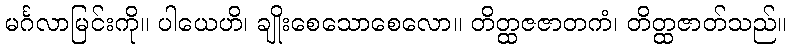
မင်္ဂလာမြင်းကို။ ပါယေဟိ၊ ချိုးစေသောစေလော။ တိတ္ထဇဇာတကံ၊ တိတ္ထဇာတ်သည်။